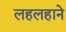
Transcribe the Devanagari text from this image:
लहलहाने